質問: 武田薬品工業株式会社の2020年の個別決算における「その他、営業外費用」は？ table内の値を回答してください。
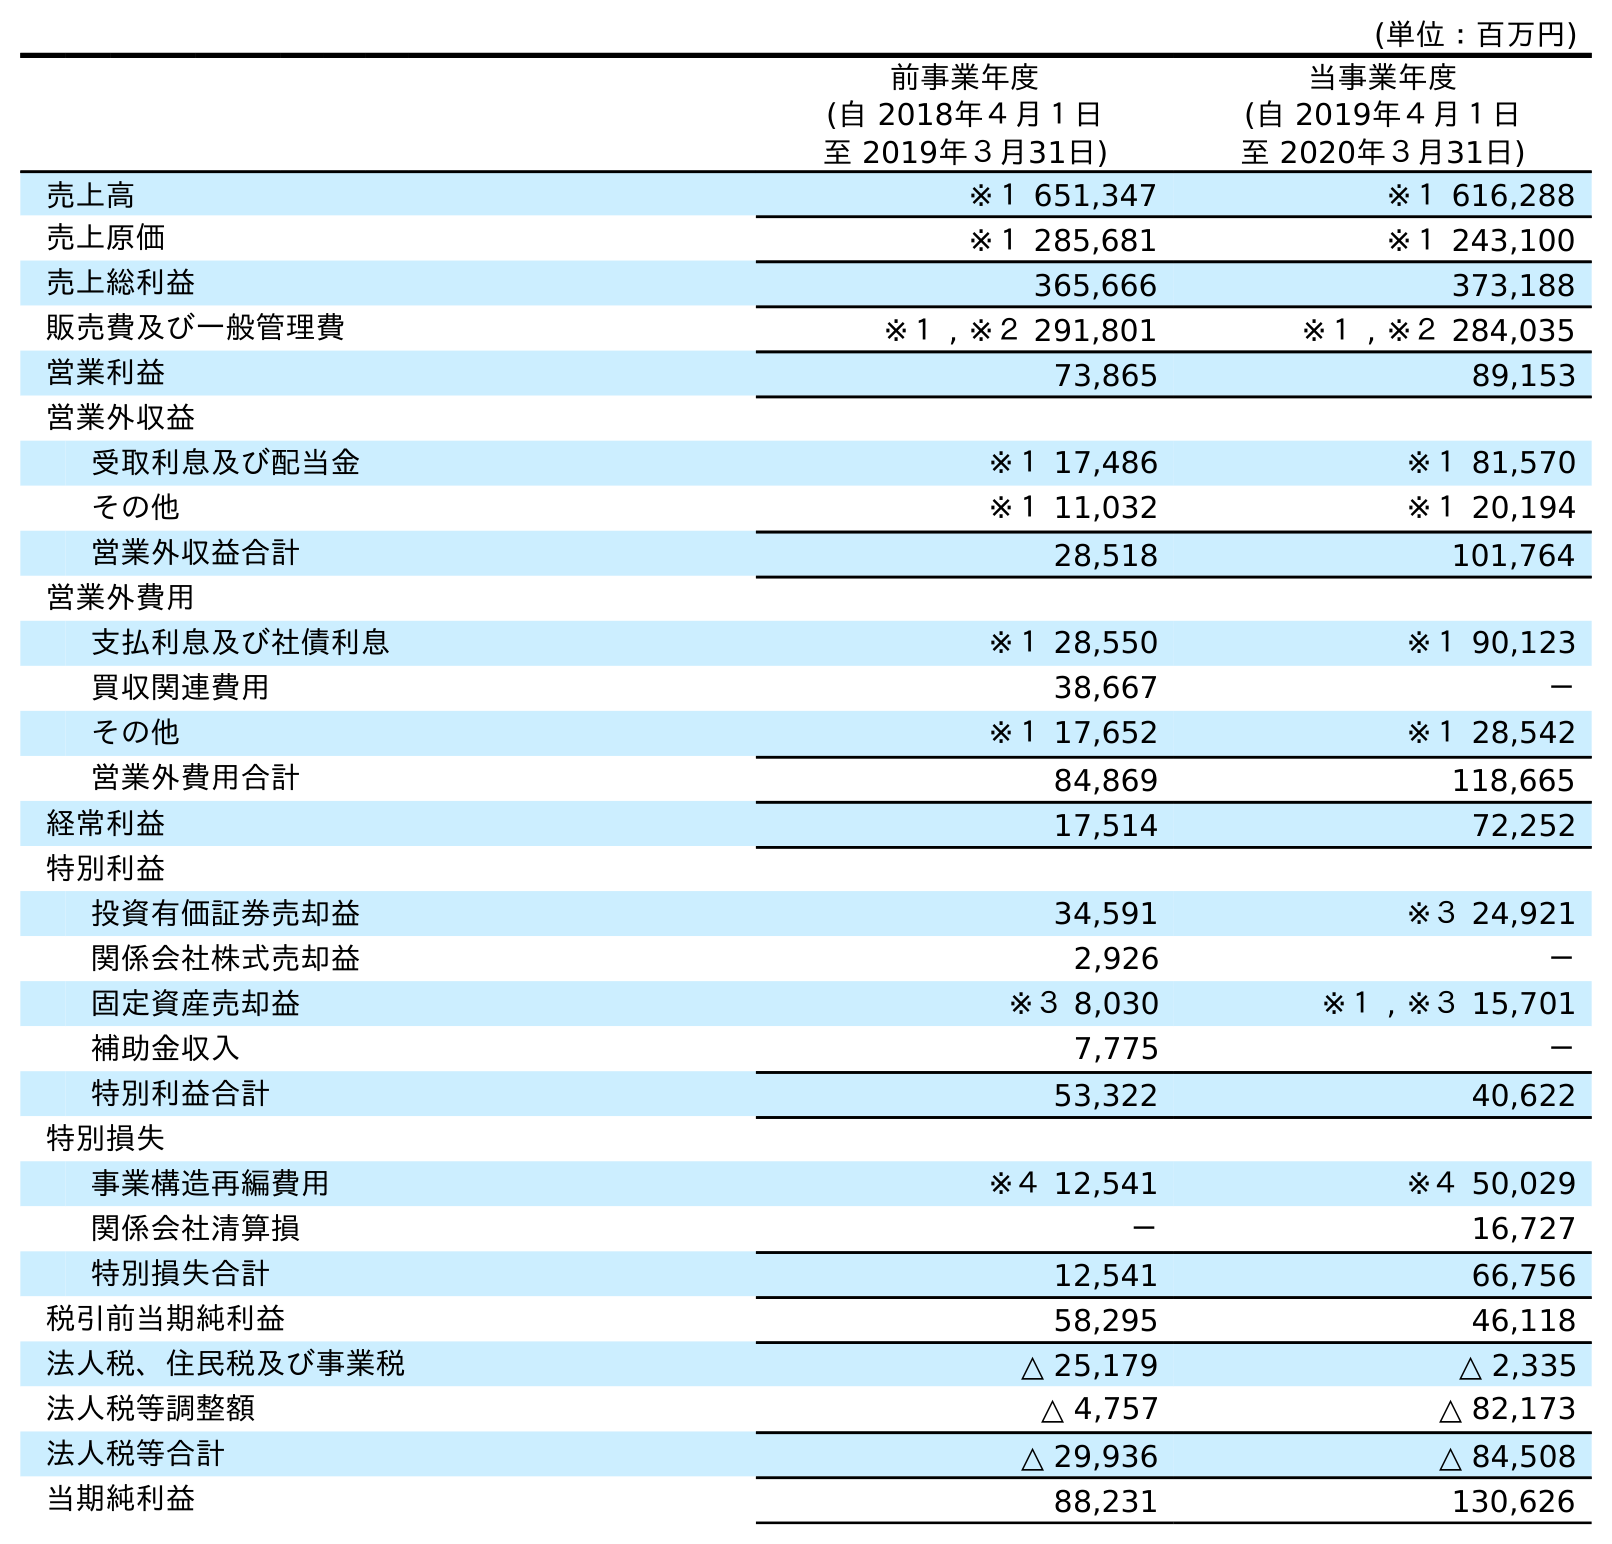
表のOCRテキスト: (単位：百万円) 前事業年度 (自 2018年４月１日 至 2019年３月31日) 当事業年度 (自 2019年４月１日 至 2020年３月31日) 売上高 ※１ 651,347 ※１ 616,288 売上原価 ※１ 285,681 ※１ 243,100 売上総利益 365,666 373,188 販売費及び一般管理費 ※１ , ※２ 291,801 ※１ , ※２ 284,035 営業利益 73,865 89,153 営業外収益 受取利息及び配当金 ※１ 17,486 ※１ 81,570 その他 ※１ 11,032 ※１ 20,194 営業外収益合計 28,518 101,764 営業外費用 支払利息及び社債利息 ※１ 28,550 ※１ 90,123 買収関連費用 38,667 － その他 ※１ 17,652 ※１ 28,542 営業外費用合計 84,869 118,665 経常利益 17,514 72,252 特別利益 投資有価証券売却益 34,591 ※３ 24,921 関係会社株式売却益 2,926 － 固定資産売却益 ※３ 8,030 ※１ , ※３ 15,701 補助金収入 7,775 － 特別利益合計 53,322 40,622 特別損失 事業構造再編費用 ※４ 12,541 ※４ 50,029 関係会社清算損 － 16,727 特別損失合計 12,541 66,756 税引前当期純利益 58,295 46,118 法人税、住民税及び事業税 △ 25,179 △ 2,335 法人税等調整額 △ 4,757 △ 82,173 法人税等合計 △ 29,936 △ 84,508 当期純利益 88,231 130,626
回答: ※１28,542